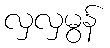
လှလှမွန်